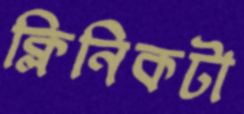
ক্লিনিকটা